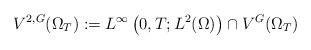
LaTeX: \begin{align*}V^{2,G}(\Omega_T):=L^\infty\left(0,T;L^2(\Omega)\right)\cap V^G(\Omega_T)\end{align*}